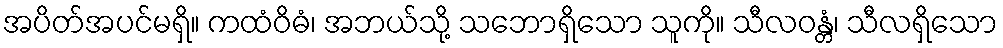
အပိတ်အပင်မရှိ။ ကထံဝိဓံ၊ အဘယ်သို့ သဘောရှိသော သူကို။ သီလဝန္တံ၊ သီလရှိသော